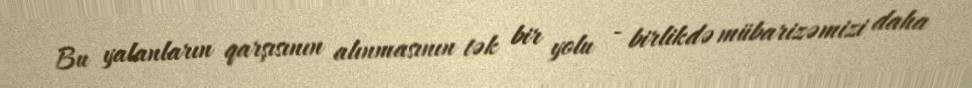
Bu yalanların qarşısının alınmasının tək bir yolu - birlikdə mübarizəmizi daha